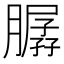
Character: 𦠳